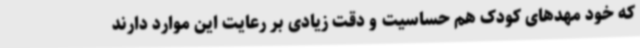
که خود مهدهای کودک هم حساسیت و دقت زیادی بر رعایت این موارد دارند